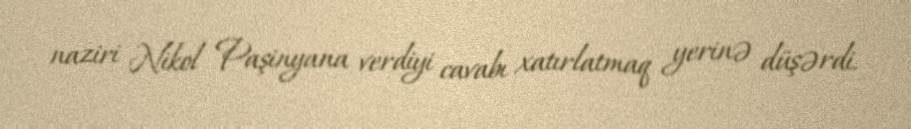
naziri Nikol Paşinyana verdiyi cavabı xatırlatmaq yerinə düşərdi.